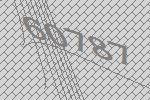
60787